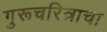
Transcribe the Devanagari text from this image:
गुरूचरित्राचा